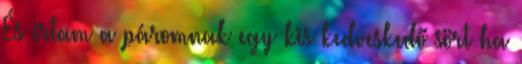
És írtam a páromnak egy kis kedveskedő sört ha